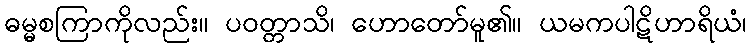
ဓမ္မစကြာကိုလည်း။ ပဝတ္တာသိ၊ ဟောတော်မူ၏။ ယမကပါဋိဟာရိယံ၊